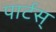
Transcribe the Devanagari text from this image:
पार्टस्